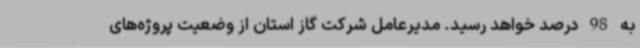
به 98 درصد خواهد رسید. مدیرعامل شرکت گاز استان از وضعیت پروژه‌های